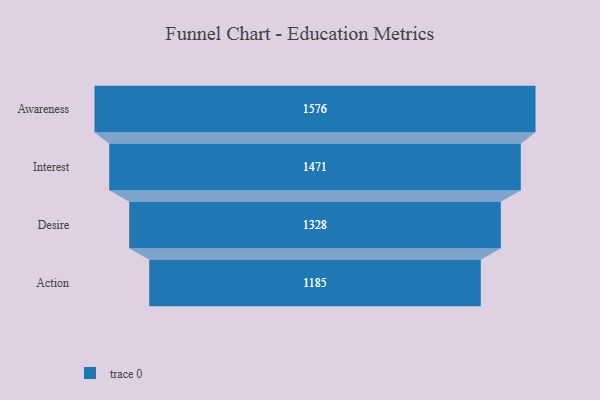
{"axis": {"x": "Stage", "y": "Value"}, "legend": [""], "data": [{"x": "Awareness", "y": 1576.0, "type": ""}, {"x": "Interest", "y": 1471.0, "type": ""}, {"x": "Desire", "y": 1328.0, "type": ""}, {"x": "Action", "y": 1185.0, "type": ""}]}